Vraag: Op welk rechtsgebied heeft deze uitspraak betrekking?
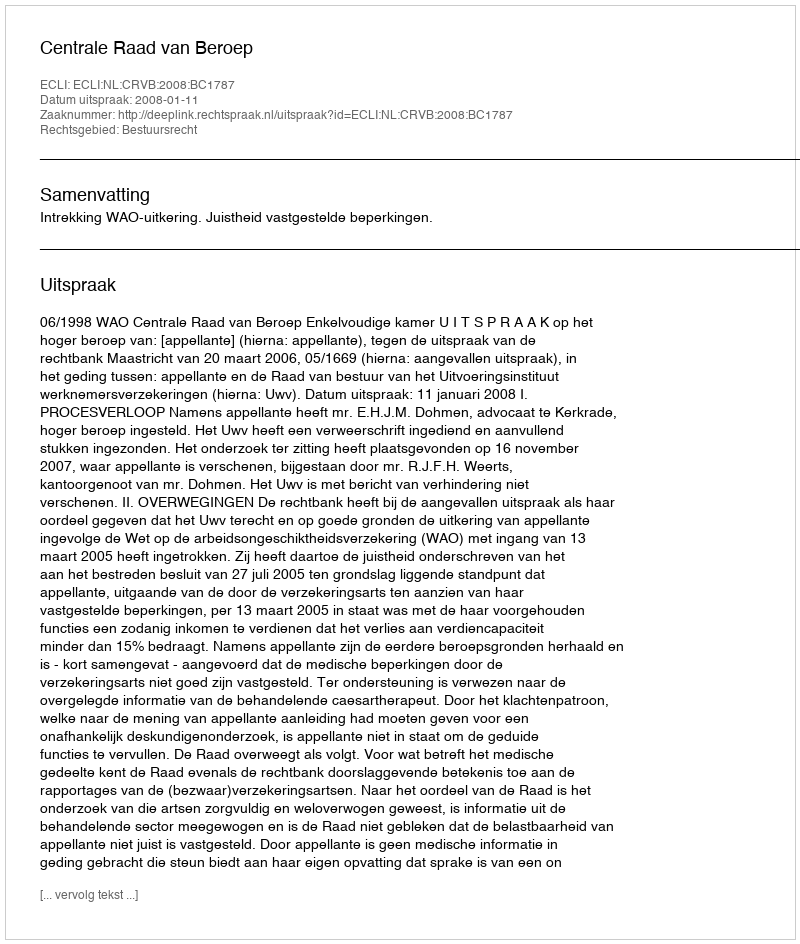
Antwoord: Bestuursrecht